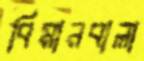
বিমানবালা